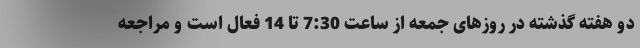
دو هفته گذشته در روزهای جمعه از ساعت 7:30 تا 14 فعال است و مراجعه